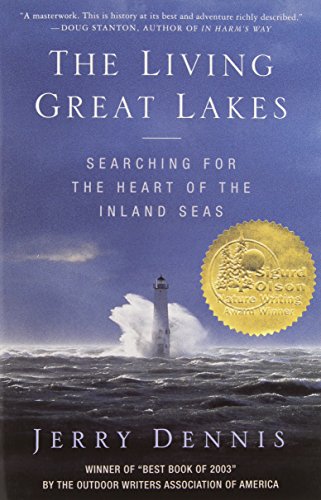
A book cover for The Living Great Lakes: Searching for the Heart of the Inland Seas; Jerry Dennis; Science & Math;